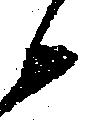
候